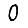
Digit: 0